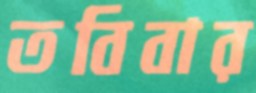
তবিবার